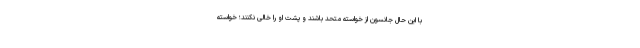
با این حال جانسون از خواسته متحد باشند و پشت او را خالی نکنند؛ خواسته